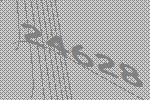
24628